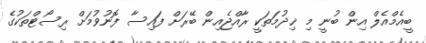
ބީއެމްއެލް އިން ބުނީ މި ޚިދުމަތަކީ ރާއްޖެއިން ބޭރަށް ފައިސާ ފޮނުވުމަށް ރިސޯޓްތަކުގެ